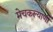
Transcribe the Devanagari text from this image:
मेचकल्याणी